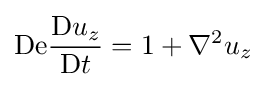
\mathrm {De} {\frac {\mathrm {D} u_{z}}{\mathrm {D} t}}=1+\nabla ^{2}u_{z}